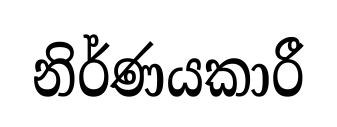
නිර්ණයකාරී